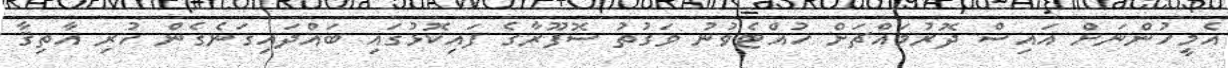
އެމީހުންނަށް އައިސް ދޮރުމައްޗަށް ހުއްޓެވުނު ވަގުތު ސޮފޫރާގެ ފައިކޮޅުގައި ބައްދައިގަނެގެން ހުރި އާތިޤާ